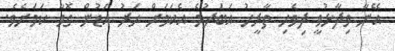
އޭނާ ވިދާޅުވީ ދިވެހި ތާރީހު އަބަދުމެ އެކަމަށް ހަރު އަޑުން ގޮވާ ކަމަށެވެ.